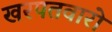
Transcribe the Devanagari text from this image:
खरपतवारो